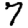
Digit: 7